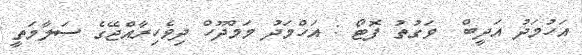
އަހުމަދު އަދީބް  ވަގުތު ފޮޓޯ : އަހްމަދު މަމްދޫހް ދިވެހިރާއްޖޭގެ ސަލާމަތީ